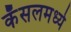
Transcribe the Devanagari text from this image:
कॅसलमध्ये